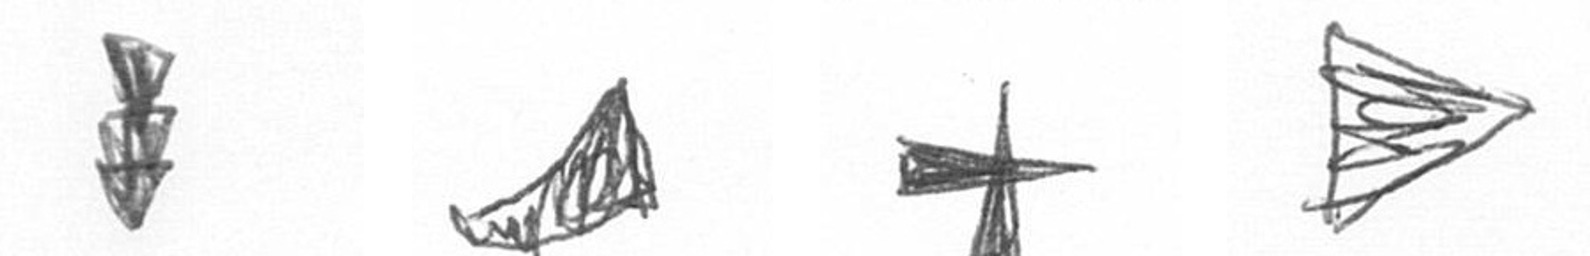
E O G T